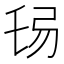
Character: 𢏒